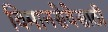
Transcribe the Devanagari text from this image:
विमानसेवेसाठी